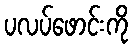
ပလပ်ဖောင်းကို